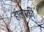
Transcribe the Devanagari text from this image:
हा॓लस्की